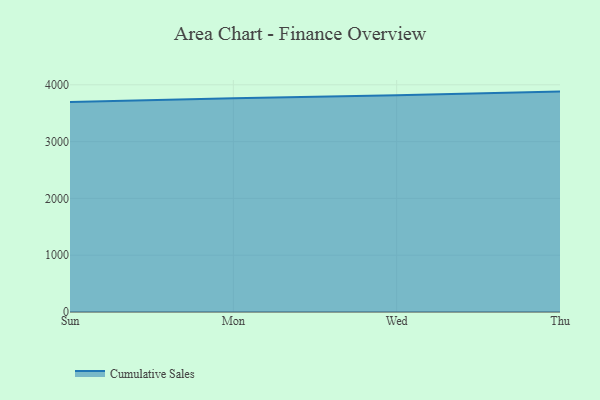
{"axis": {"x": "Day", "y": "Active Users"}, "legend": ["Cumulative Sales"], "data": [{"x": "Sun", "y": 3697.5, "type": "Cumulative Sales"}, {"x": "Mon", "y": 3763.3, "type": "Cumulative Sales"}, {"x": "Wed", "y": 3815.6, "type": "Cumulative Sales"}, {"x": "Thu", "y": 3880.4, "type": "Cumulative Sales"}]}